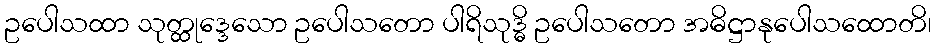
ဥပေါသထာ သုတ္ထုဒ္ဒေသော ဥပေါသတော ပါရိသုဒ္ဓိ ဥပေါသတော အဓိဋ္ဌာနုပေါသထောတိ၊